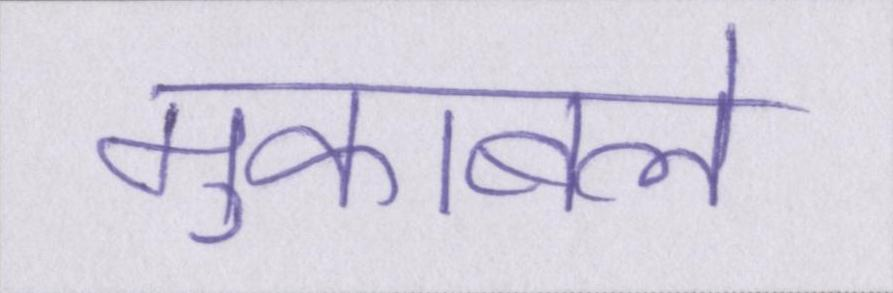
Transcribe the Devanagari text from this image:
मुकाबले